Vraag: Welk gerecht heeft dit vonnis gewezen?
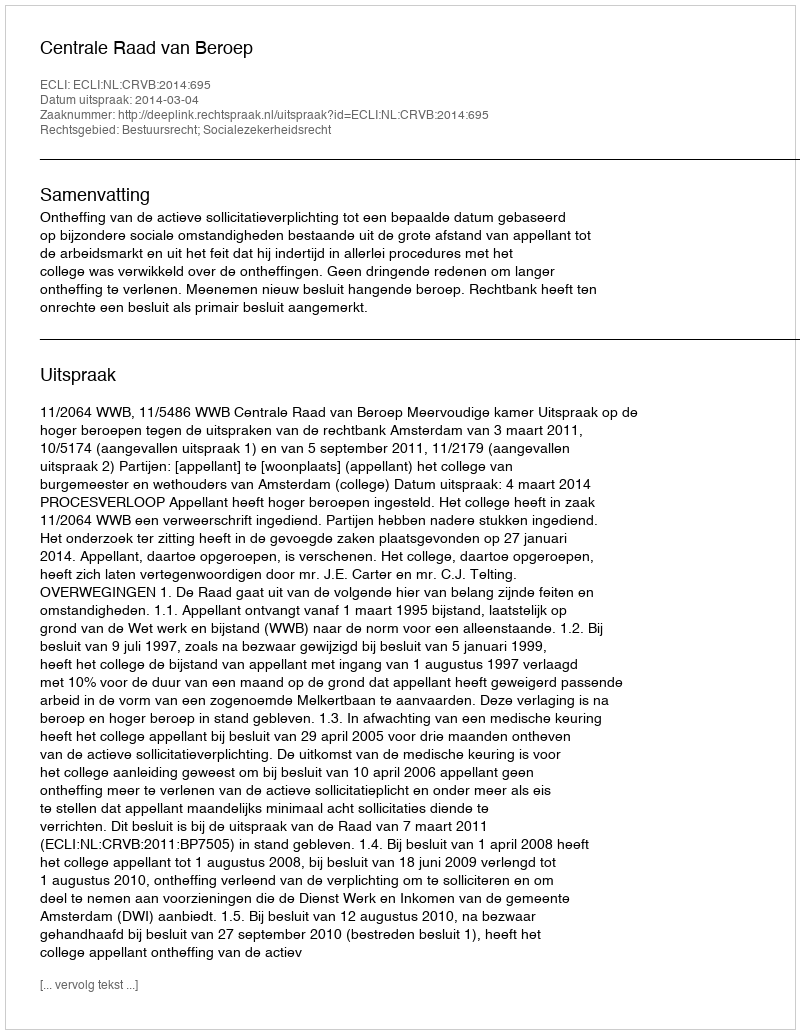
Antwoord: Centrale Raad van Beroep